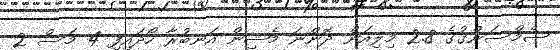
ސެމްސަންގުގެ 2.8 މިލިއަން ދޮންނަ މެޝިން އަނބުރާ ހޯދައިފި 4 މަސް 2